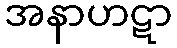
အနာဟဋာ